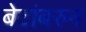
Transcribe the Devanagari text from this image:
बेटांबरुन